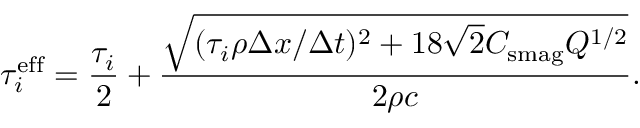
\tau _ { i } ^ { \mathrm { e f f } } = \frac { \tau _ { i } } { 2 } + \frac { \sqrt { ( \tau _ { i } \rho \Delta x / \Delta t ) ^ { 2 } + 1 8 \sqrt { 2 } C _ { \mathrm { s m a g } } Q ^ { 1 / 2 } } } { 2 \rho c } .